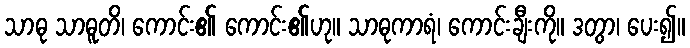
သာဓု သာဓူတိ၊ ကောင်း၏ ကောင်း၏ဟု။ သာဓုကာရံ၊ ကောင်းချီးကို။ ဒတွာ၊ ပေး၍။